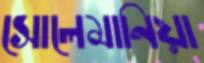
সোলেমানিয়া